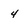
Character: 4